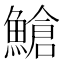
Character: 䱽